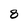
Character: 8